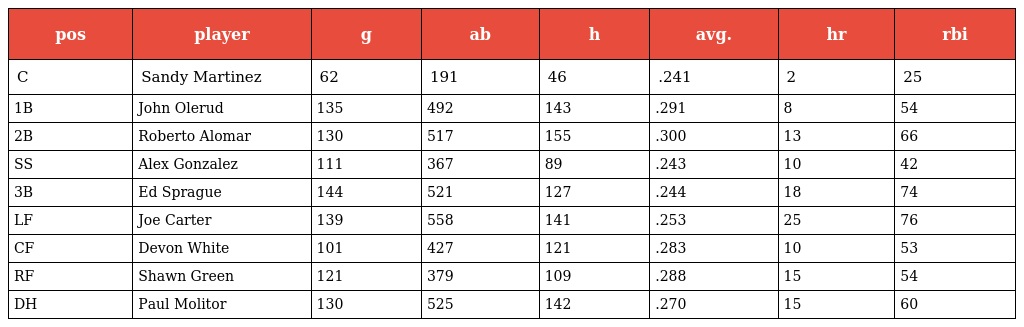
| pos | player | g | ab | h | avg. | hr | rbi |
 | --- | --- | --- | --- | --- | --- | --- | --- |
 | C | Sandy Martinez | 62 | 191 | 46 | .241 | 2 | 25 |
 | 1B | John Olerud | 135 | 492 | 143 | .291 | 8 | 54 |
 | 2B | Roberto Alomar | 130 | 517 | 155 | .300 | 13 | 66 |
 | SS | Alex Gonzalez | 111 | 367 | 89 | .243 | 10 | 42 |
 | 3B | Ed Sprague | 144 | 521 | 127 | .244 | 18 | 74 |
 | LF | Joe Carter | 139 | 558 | 141 | .253 | 25 | 76 |
 | CF | Devon White | 101 | 427 | 121 | .283 | 10 | 53 |
 | RF | Shawn Green | 121 | 379 | 109 | .288 | 15 | 54 |
 | DH | Paul Molitor | 130 | 525 | 142 | .270 | 15 | 60 |